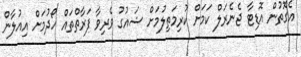
އެގޮތުން އޮޑިޓާ ޖެނެރަލް ކަމަށް ކުރިމަތިލުމަށް ޝައުގު ވެރިވާ ފަރާތްތައް ހޯދުމަށް އިއުލާން